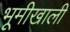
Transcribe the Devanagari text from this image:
भूमीखाली